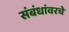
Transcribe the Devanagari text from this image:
संबंधांवरचे